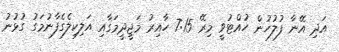
އަދި އޭނާ ފުލުހުން ހުއްޓުވީ މިރޭ 7:15 ހާއިރު މަޖީދީމަގާއި އަލިކިލެގެފާނުމަގު ގުޅުނު